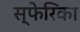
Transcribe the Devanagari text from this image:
स्फेरिका